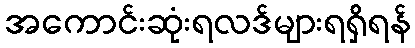
အကောင်းဆုံးရလဒ်များရရှိရန်